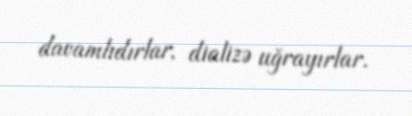
davamlıdırlar, dializə uğrayırlar.